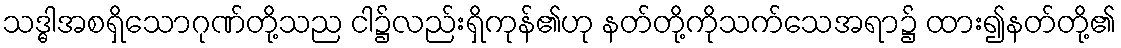
သဒ္ဓါအစရှိသောဂုဏ်တို့သည ငါ၌လည်းရှိကုန်၏ဟု နတ်တို့ကိုသက်သေအရာ၌ ထား၍နတ်တို့၏